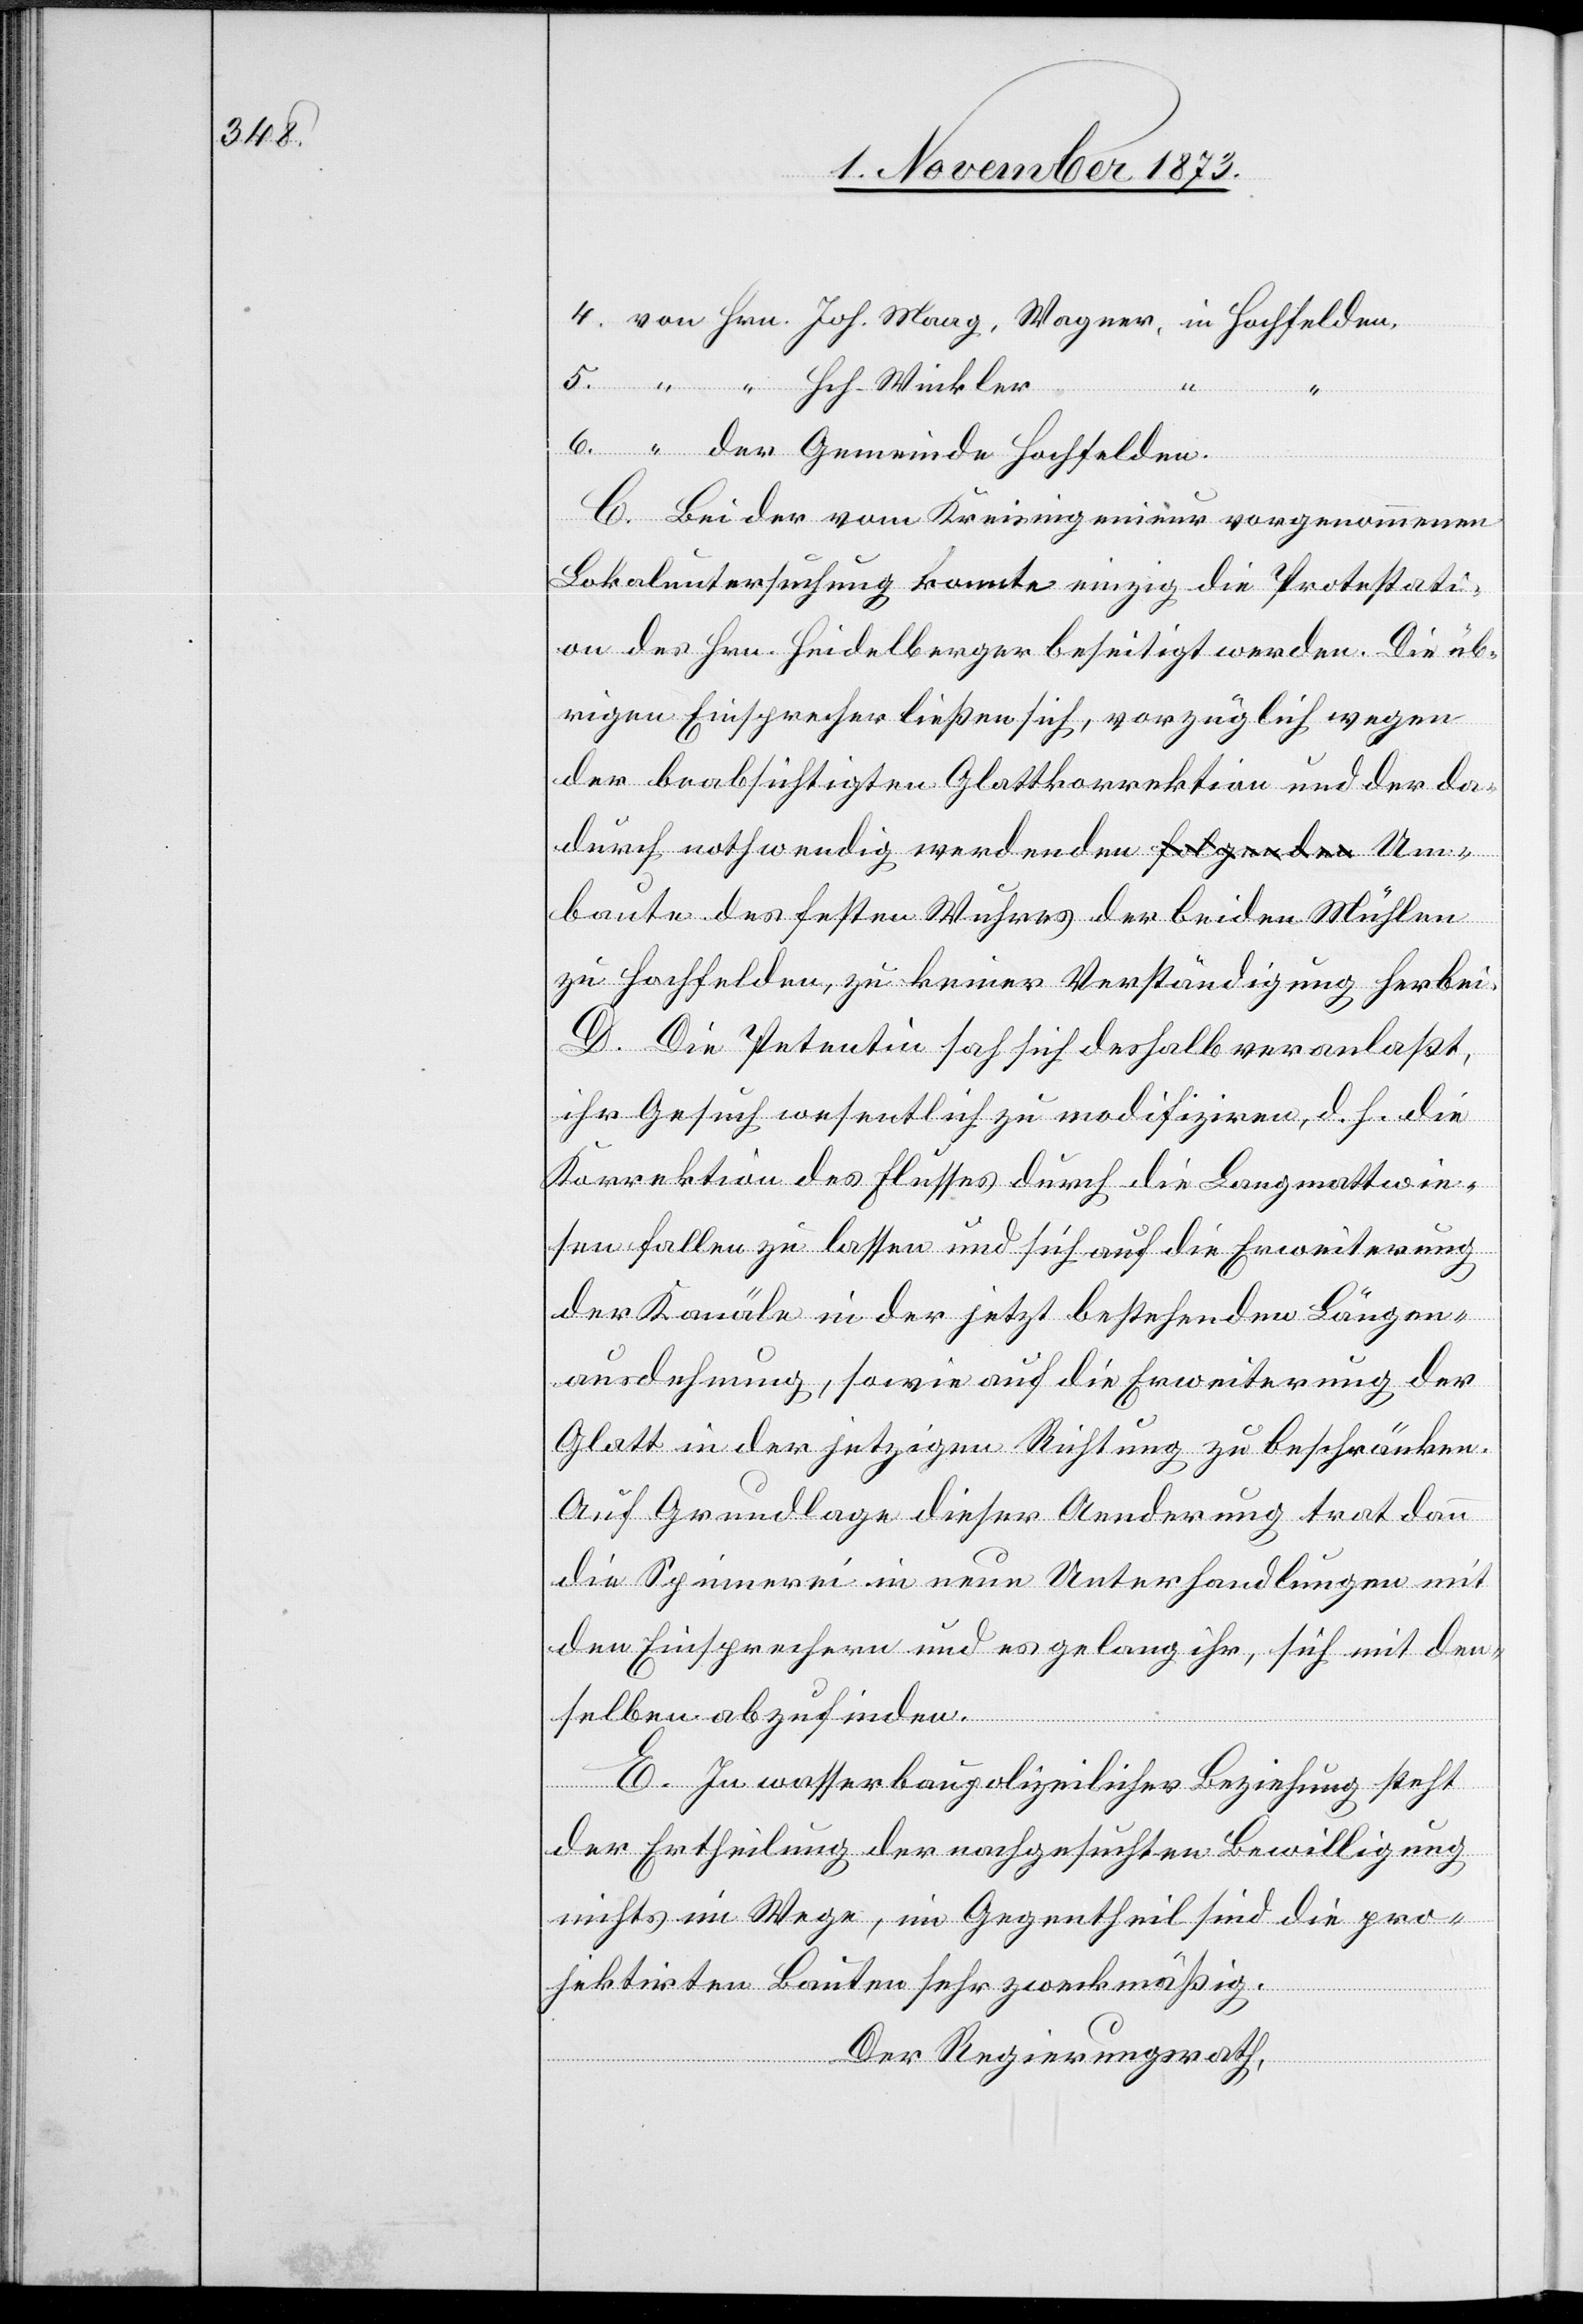
der Gemeinde Hochfelden.
der
C. Bei der vom Kreisingenieur vorgenommenen
Lokaluntersuchung konnte einzig die Protestati¬
on des Hrn. Heidelberger beseitigt werden. Die üb¬
rigen Einsprecher ließen sich, vorzüglich wegen
der beabsichtigten Glattkorrektion und der da¬
durch nothwendig werdenden Umbaute des fes¬
zu Hochfelden, zu keiner Verständigung herbei.
D. Die Petentin sah sich deshalb veranlaßt,
ihr Gesuch wesentlich zu modifiziren, d. h. die
Korrektion des Flusses durch die Langmattwie¬
sen fallen zu lassen und sich auf die Erweiterung
der Kanäle in der jetzt bestehenden Längen¬
ausdehnung, sowie auf die Erweiterung der
Glatt in der jetzigen Richtung zu beschränken.
Auf Grundlage dieser Aenderung trat dann
die Spinnerei in neue Unterhandlungen mit
den Einsprechern und es gelang ihr, sich mit den¬
selben abzufinden.
E. In wasserbaupolizeilicher Beziehung steht
der Ertheilung der nachgesuchten Bewilligung
nichts im Wege, im Gegentheil sind die pro¬
jektirten Bauten sehr zweckmäßig.
Der Regierungsrath,